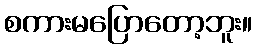
စကားမပြောတော့ဘူး။